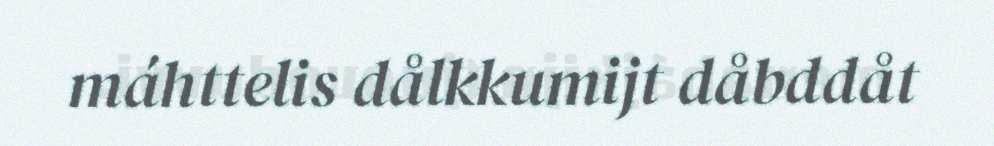
máhttelis dålkkumijt dåbddåt